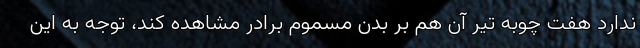
ندارد هفت چوبه تیر آن هم بر بدن مسموم برادر مشاهده کند، توجه به این